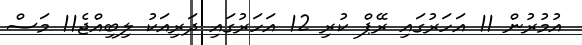
އުމުރުން 11 އަހަރުގައި ރޭޕް ކުރި 12 އަހަރުގައި ދަރިއަކު ލިބިއްޖެ11 މަސް